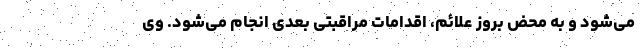
می‌شود و به محض بروز علائم، اقدامات مراقبتی بعدی انجام می‌شود. وی